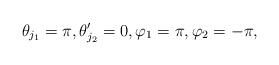
LaTeX: \begin{gather*} \theta_{j_1} = \pi , \theta_{j_2}' = 0 , \varphi_1 = \pi, \varphi_2 = -\pi,\end{gather*}